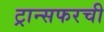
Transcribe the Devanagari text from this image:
ट्रान्सफरची